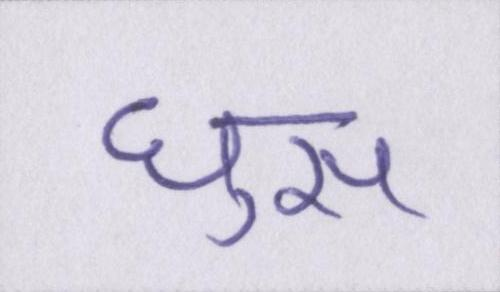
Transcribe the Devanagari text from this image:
घुस